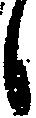
候